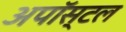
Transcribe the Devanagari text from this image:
अपॉस्टल